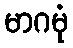
မာဂမုံ